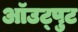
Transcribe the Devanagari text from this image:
ऑउट्पुट